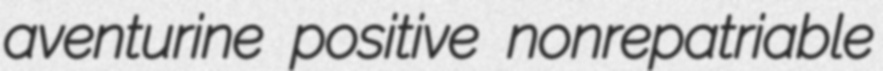
aventurine positive nonrepatriable